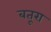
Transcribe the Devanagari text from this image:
बतूरा